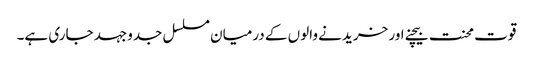
قوت محنت بیچنے اور خریدنے والوں کے درمیان مسلسل جدوجہد جاری ہے۔